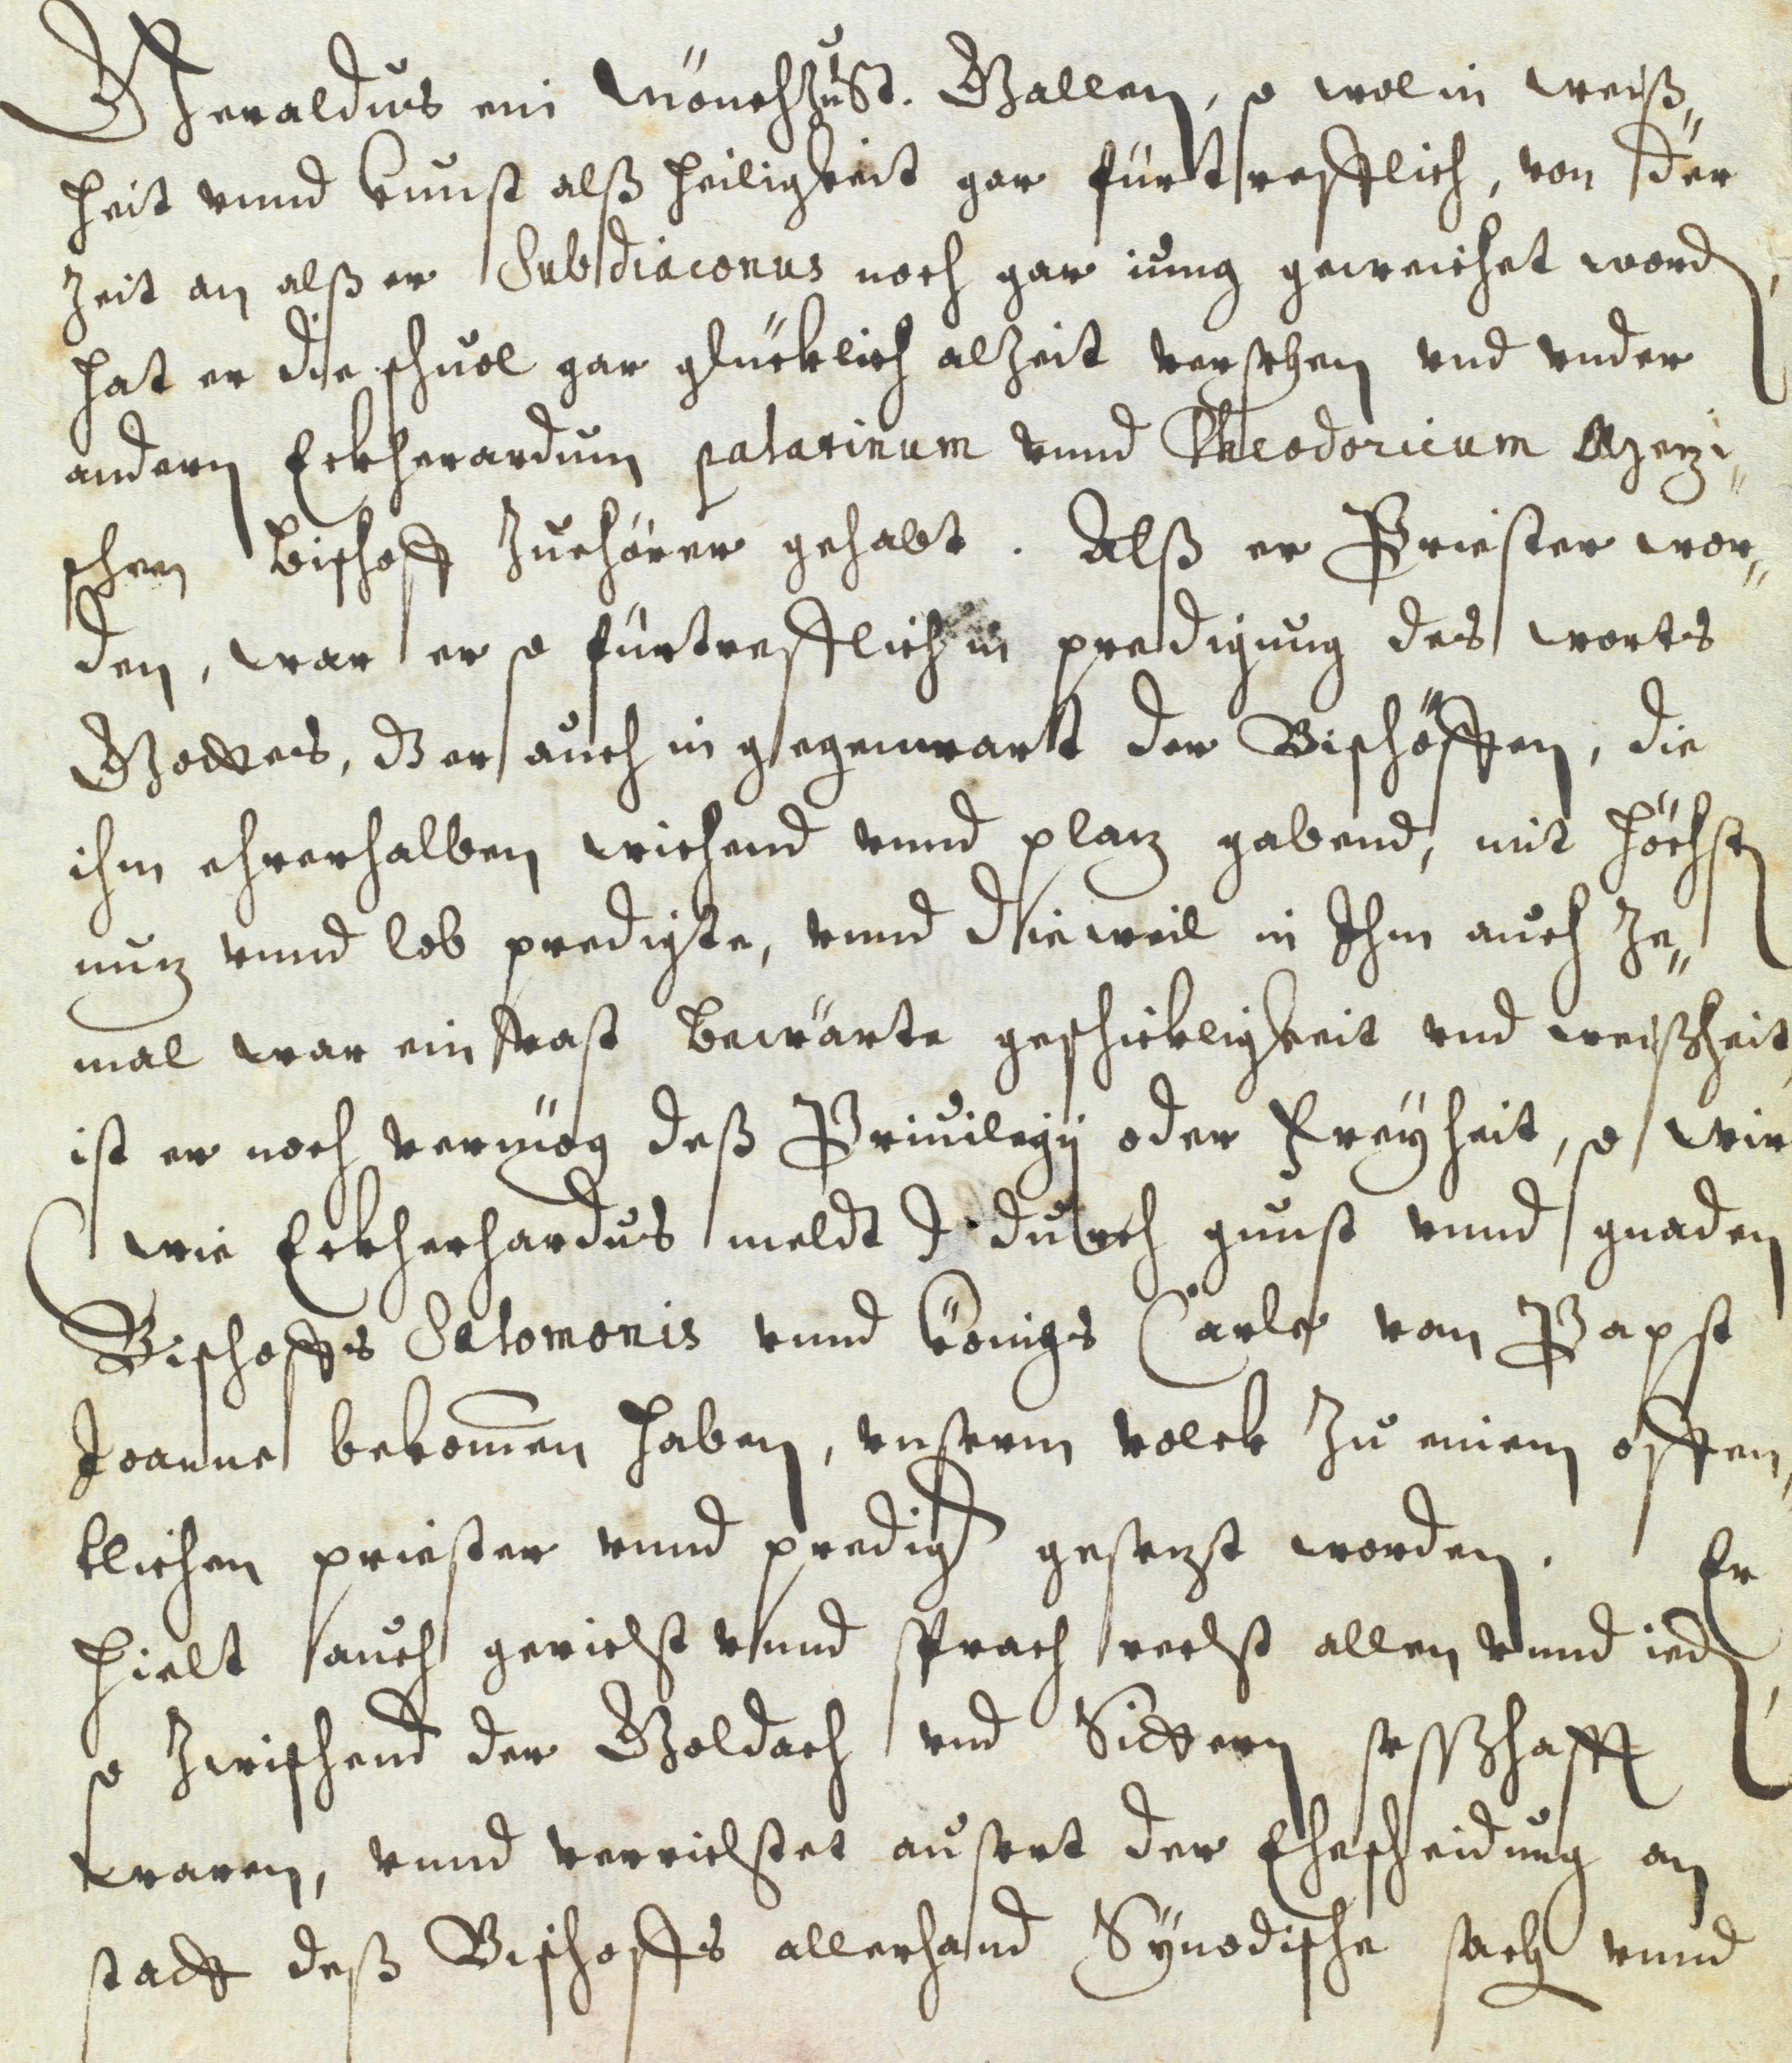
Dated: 1637–1641